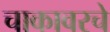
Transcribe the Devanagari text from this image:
चाकावरचे